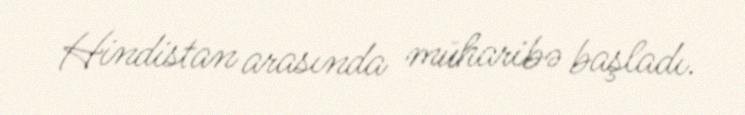
Hindistan arasında müharibə başladı.